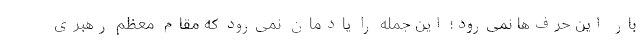
بار این حرف‌ها نمی‌رود؛ این جمله را یادمان نمی‌رود که مقام معظم رهبری